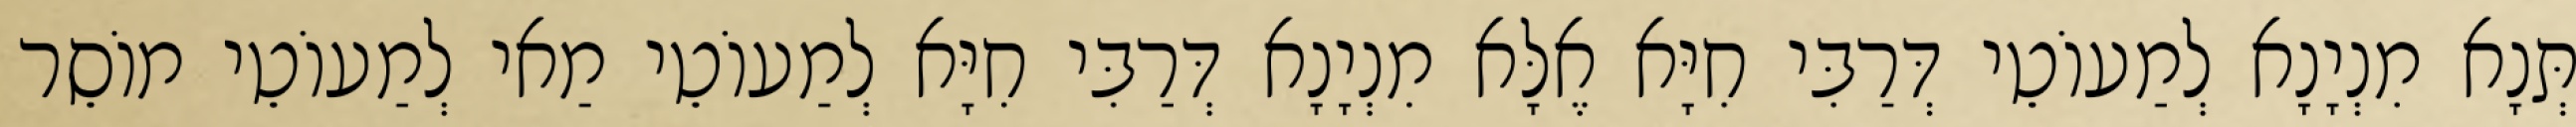
תְּנָא מִנְיָנָא לְמַעוֹטֵי דְּרַבִּי חִיָּא אֶלָּא מִנְיָנָא דְּרַבִּי חִיָּא לְמַעוֹטֵי מַאי לְמַעוֹטֵי מוֹסֵר